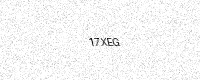
Text: 17XEG